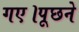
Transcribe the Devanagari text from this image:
गए।पूछने